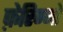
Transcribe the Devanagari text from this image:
फ़ेरिग्नो